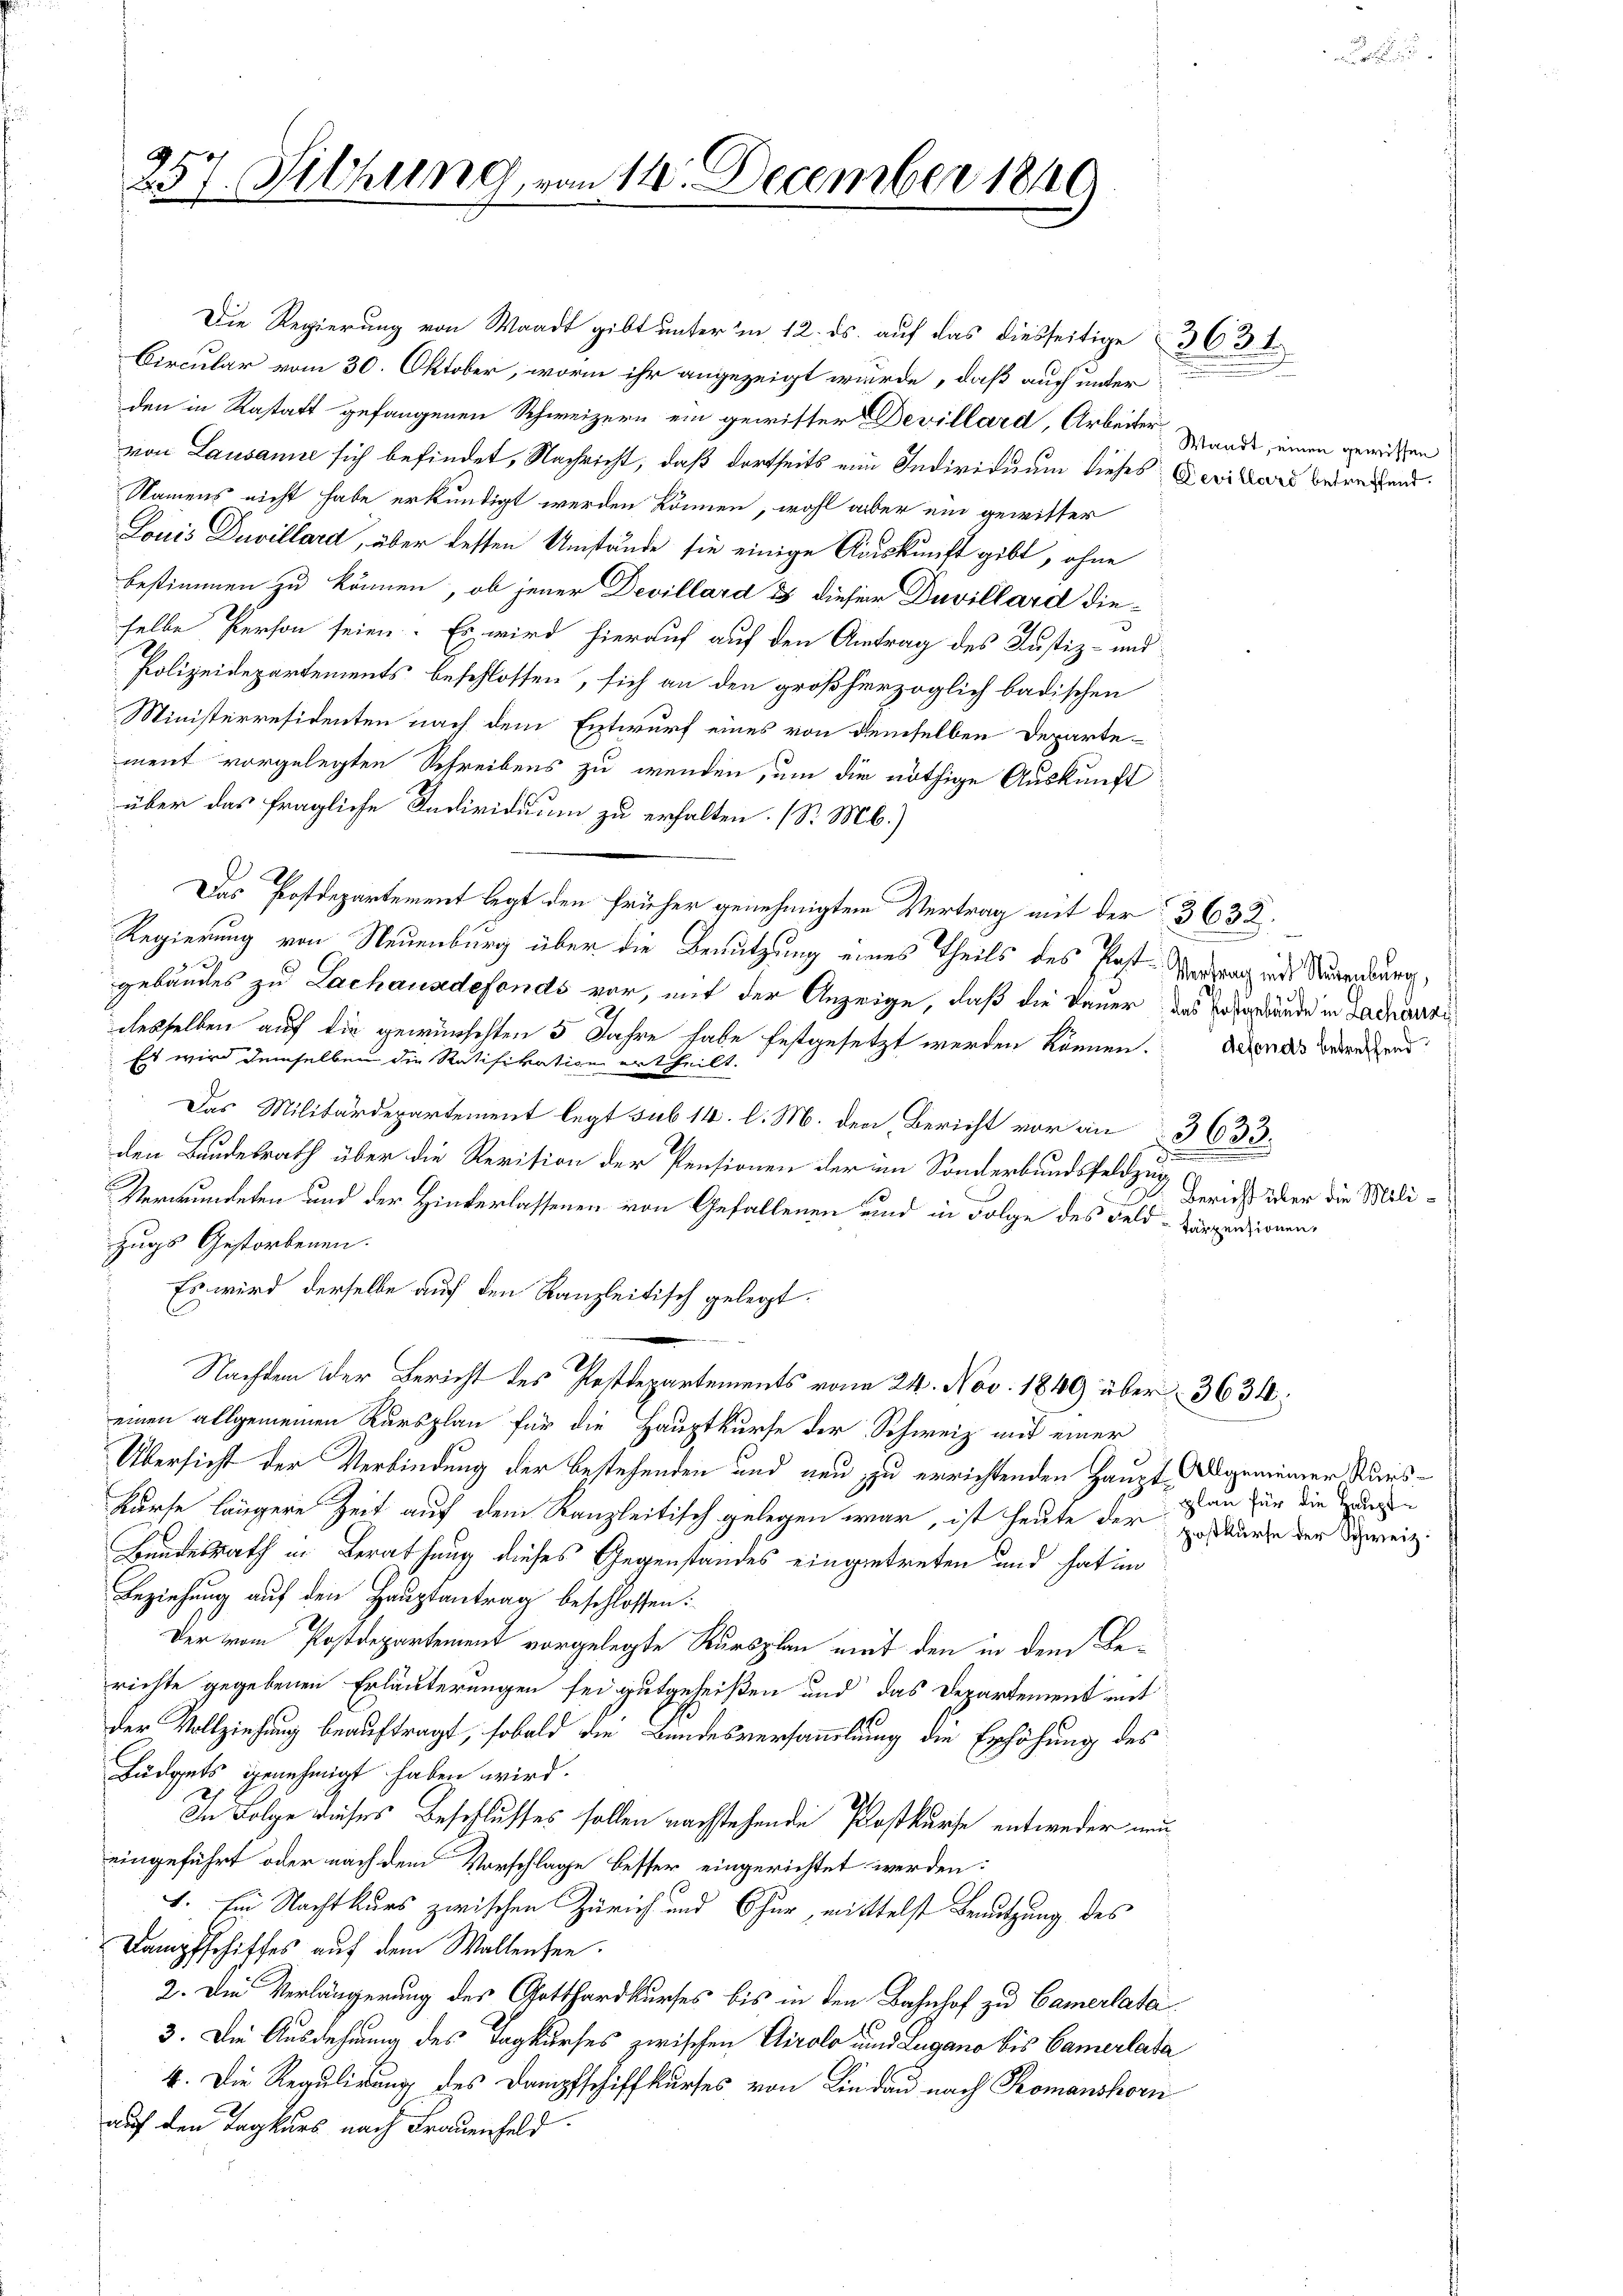
257. Fichung, von 14. December 1860

den in Rastatt gefangenen Schweizern ein gewitter Devillard, Arbeiter
von Lausanne sich befindet, Nachricht, daß dortseits ein Individuum dieses Gerikars betretend
Namens nicht habe erkundigt werden können, wohl aber ein gewitter
Louis Duvillard, über besten Umstände sie einige Auskunft gibt, ohne
bestimmen zu können, ob jener Devillard & dieser Davillard dieselbe Person seien. Es wird hierauf auf den Antrag des Justiz- und
Polizeidepartements beschlossen, sich an den großherzoglich badischen
Ministerresidenten nach dem Entwurf eines von demselben Departement vorgelegten Schreibens zu wenden, um die nöthige Auskunft
über das fragliche Individuum zu erhalten. (S. M.)
Das Postdepartement legt den früher genehmigten Vertrag mit der 3632.
Regierung von Neuenburg über die Benutzung eines Theils des Post- Vertrag und Neuenburg,
gebäudes zu Lachausdefonds vor, mit der Anzeige, daß die Dauer das Postände in Gachnarzi
desselben auf die gewünschten 5 Jahre habe festgesetzt werden können.
Es wird demselben die Ratifikation ertheilt.
Das Militärdepartement legt sub 14. l. M. den Bericht vor an
den Bundesrath über die Revision der Pensionen der im Sonderbundsfeldzug
Verwundeten und der Hinterlassenen von Gefallenen und in Folge des Feld-Carpensionen,
zugs Gestorbenen.
Es wird derselbe auf den Kanzleitisch gelegt.
Nachdem der Bericht des Postdepartements von 24. Nov. 1849 über 3634:
einen allgemeinen Kursplan für die Hauptkurse der Schweiz auf einer
Übersicht der Verbindung der bestehenden und neu zu errichtenden Haupt allgemeiner Karskurse längere Zeit auf dem Kanzleitisch gelegen war, ist heute der Erwarte der Schweiz.
Bundesrath in Berathung dieses Gegenstandes eingentreten und hat im
Beziehung auf den Hauptantrag beschlossen:
Der vom Postdepartement vorgelegte Kursplan mit den in dem Berichte gegebenen Erläuterungen sei gutgeheißen und das Departement mit
der Vollziehung beauftragt, sobald die Bundesversammlung die Erhöhung des
Büdgets genehmigt haben wird.
In Folge dieses Beschlusses sollen nachstehende Postkurse entweder mu
eingeführt oder nach dem Vorschlage besser eingerichtet werden:
1. Ein Nachtkurs zwischen Zürich und Chur, mittelst Benutzung des
Dampfschiffes auf dem Waltensee.
2. Die Verlängerung des Gotthardkurses bis in den Bahnhof zu Camerlata
3. Die Ausdehnung des Tagkurses zwischen Airolo und Lugano bis Camerlata
4. Die Regulirung des Dampfschiffkurses von Lindau nach Romanshorn
auf den Tagkars nach Frauenfeld.

Die Regierung von Waadt gibt unter im 12. ds. auf das diesseitige 363 f
Circular vom 30. Oktober, worin ihr angezeigt wurde, daß auch unter

Waadt, einen gewissen

defonds betreffend

Bericht über die Mili¬

3633.

u

plan für die Haupt¬